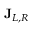
\mathbf { J } _ { L , R }